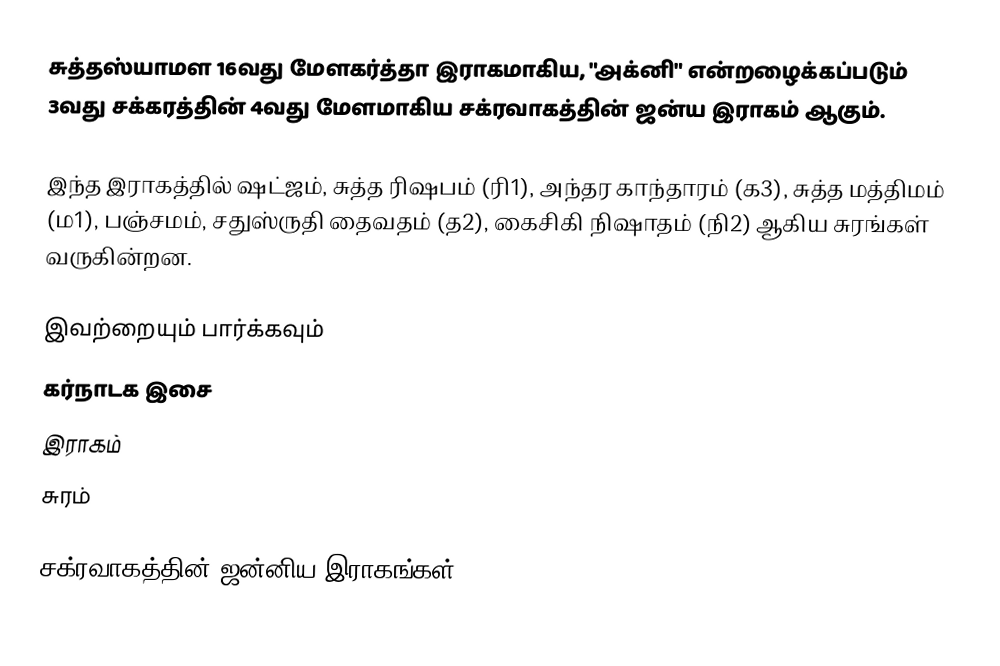
சுத்தஸ்யாமள 16வது மேளகர்த்தா இராகமாகிய, "அக்னி" என்றழைக்கப்படும் 3வது சக்கரத்தின் 4வது மேளமாகிய சக்ரவாகத்தின் ஜன்ய இராகம் ஆகும்.

இந்த இராகத்தில் ஷட்ஜம், சுத்த ரிஷபம் (ரி1),  அந்தர காந்தாரம் (க3), சுத்த மத்திமம் (ம1), பஞ்சமம்,  சதுஸ்ருதி தைவதம் (த2), கைசிகி நிஷாதம்  (நி2) ஆகிய சுரங்கள் வருகின்றன.

இவற்றையும் பார்க்கவும்
 கர்நாடக இசை
 இராகம்
 சுரம்

சக்ரவாகத்தின் ஜன்னிய இராகங்கள்